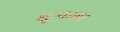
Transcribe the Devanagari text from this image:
शून्याला